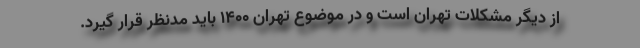
از دیگر مشکلات تهران است و در موضوع تهران ۱۴۰۰ باید مدنظر قرار گیرد.